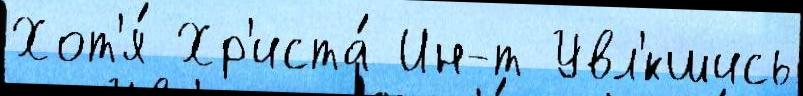
Хот'я́ Хр'иста́ Ин-т Увл'́кшись